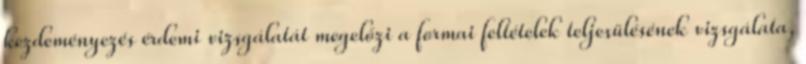
kezdeményezés érdemi vizsgálatát megelőzi a formai feltételek teljesülésének vizsgálata,